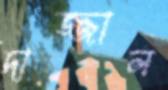
দাজ্জাল